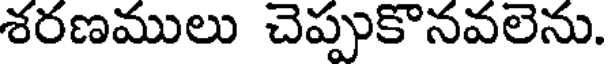
శరణములు చెప్పుకొనవలెను.